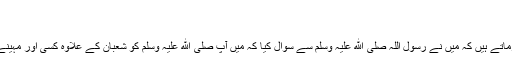
(بخاری،مسلم،ابوداوٴد)
شعبان کے روزوں کا اہتمام
حضرت اسامہ بن زید رضی اللہ عنہ فرماتے ہیں کہ میں نے رسول اللہ صلی الله علیہ وسلم سے سوال کیا کہ میں آپ صلی الله علیہ وسلم کو شعبان کے علاوہ کسی اور مہینے میں(نفلی) روزے رکھتے نہیں دیکھا؟